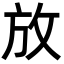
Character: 放